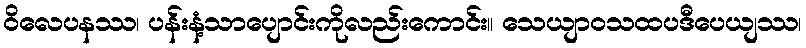
ဝိလေပနဿ၊ ပန်းနံ့သာပျောင်းကိုလည်းကောင်း။ သေယျာဝသထပဒီပေယျဿ၊